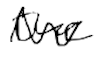
Text: the
Cross-out: wave
Writing tool: digital_black